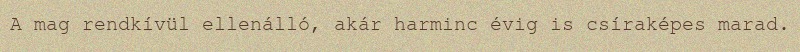
A mag rendkívül ellenálló, akár harminc évig is csíraképes marad.